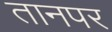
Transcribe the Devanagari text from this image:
तानपर